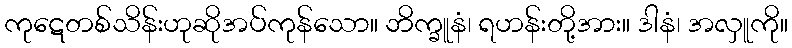
ကုဋေတစ်သိန်းဟုဆိုအပ်ကုန်သော။ ဘိက္ခူနံ၊ ရဟန်းတို့အား။ ဒါနံ၊ အလှူကို။